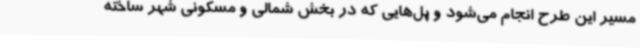
مسیر این طرح انجام می‌شود و پل‌هایی که در بخش شمالی و مسکونی شهر ساخته